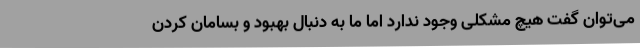
می‌توان گفت هیچ مشکلی وجود ندارد اما ما به دنبال بهبود و بسامان کردن